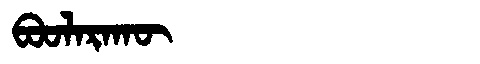
Manchu: ᠪᠣᠣᠯᠠᡵᠠᡴᡡ
Romanization: BOOLARAKŪ